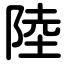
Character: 陸